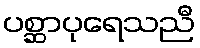
ပစ္ဆာပုရေသညီ